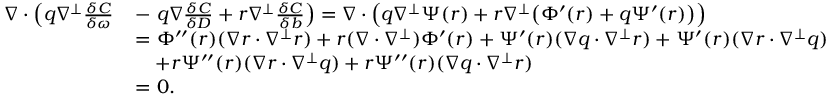
\begin{array} { r l } { \nabla \cdot \left( q \nabla ^ { \perp } \frac { \delta C } { \delta \omega } \right. } & { - \left. q \nabla \frac { \delta C } { \delta D } + r \nabla ^ { \perp } \frac { \delta C } { \delta b } \right) = \nabla \cdot \left( q \nabla ^ { \perp } \Psi ( r ) + r \nabla ^ { \perp } \big ( \Phi ^ { \prime } ( r ) + q \Psi ^ { \prime } ( r ) \big ) \right) } \\ & { = \Phi ^ { \prime \prime } ( r ) ( \nabla r \cdot \nabla ^ { \perp } r ) + r ( \nabla \cdot \nabla ^ { \perp } ) \Phi ^ { \prime } ( r ) + \Psi ^ { \prime } ( r ) ( \nabla q \cdot \nabla ^ { \perp } r ) + \Psi ^ { \prime } ( r ) ( \nabla r \cdot \nabla ^ { \perp } q ) } \\ & { \quad + r \Psi ^ { \prime \prime } ( r ) ( \nabla r \cdot \nabla ^ { \perp } q ) + r \Psi ^ { \prime \prime } ( r ) ( \nabla q \cdot \nabla ^ { \perp } r ) } \\ & { = 0 . } \end{array}